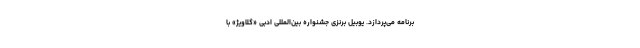
برنامه می‌پردازد. یوبیل برنزی جشنواره بین‌المللی ادبی «گلاویژ» با